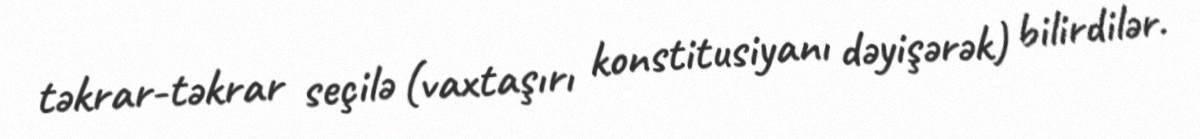
təkrar-təkrar seçilə (vaxtaşırı konstitusiyanı dəyişərək) bilirdilər.